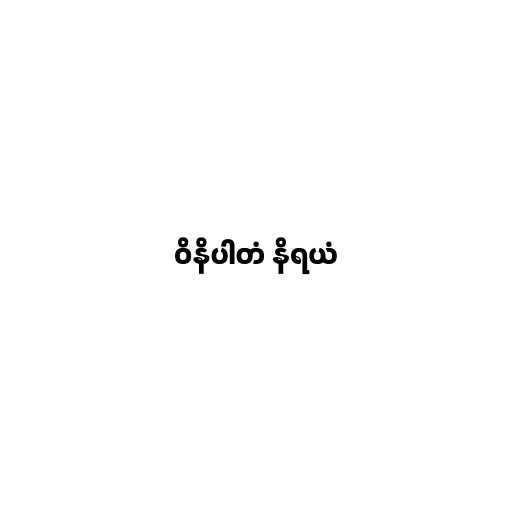
ဝိနိပါတံ နိရယံ